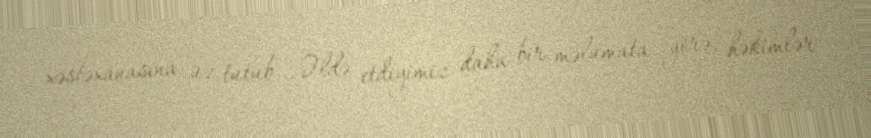
xəstəxanasına üz tutub... Əldə etdiyimiz daha bir məlumata görə, həkimlər